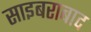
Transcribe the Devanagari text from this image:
साइबराबाद